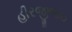
હીરજીભાઇ